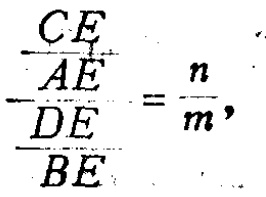
\(\frac{\frac{CE}{AE}}{\frac{DE}{BE}} = \frac{n}{m},\)